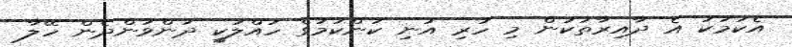
އެކަމަކު އެ ދާއިރާތަކުން މި ހުރި އުނި ކަންކަމުގެ ހައްލަކީ ދަންވަންދެން ހޭލާ